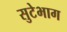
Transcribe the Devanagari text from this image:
सुटेभाग